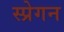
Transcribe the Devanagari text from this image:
स्प्रेगन